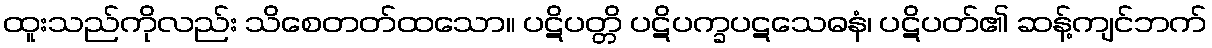
ထူးသည်ကိုလည်း သိစေတတ်ထသော။ ပဋိပတ္တိ ပဋိပက္ခပဋသေဓနံ၊ ပဋိပတ်၏ ဆန့်ကျင်ဘက်